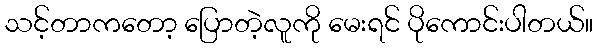
သင့်တာကတော့ ပြောတဲ့လူကို မေးရင် ပိုကောင်းပါတယ်။